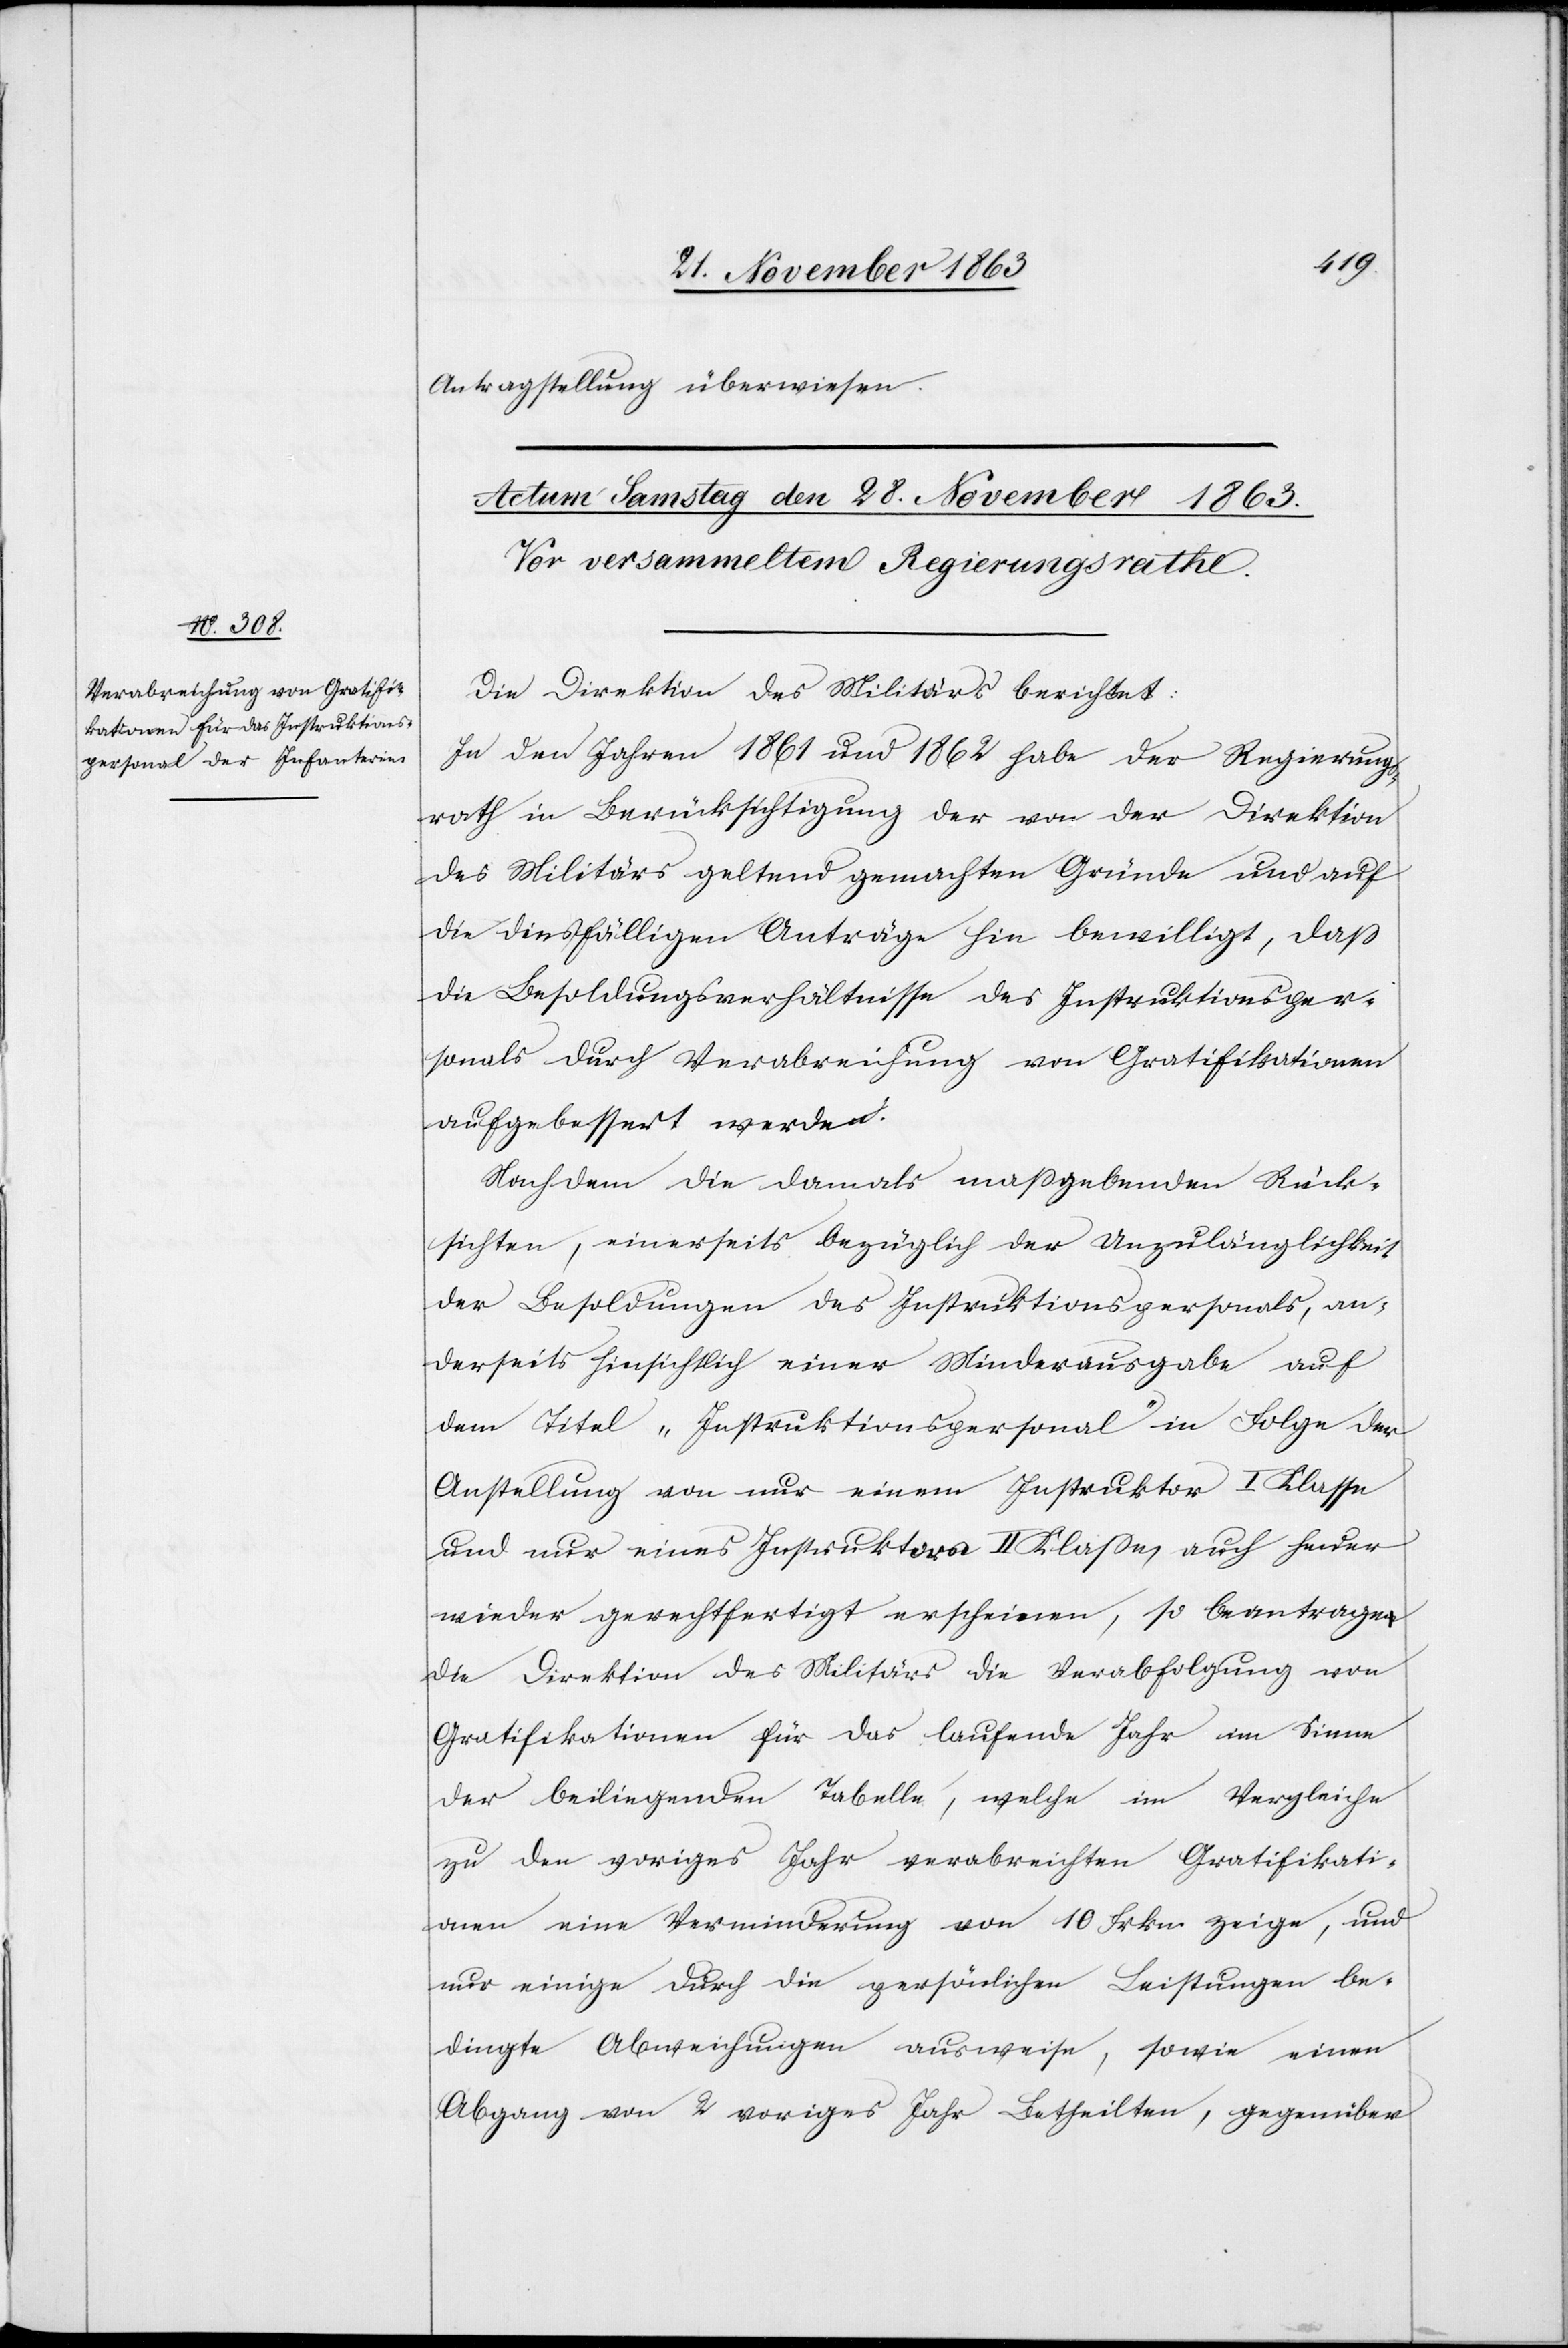
Antragstellung überweisen.
Die Direktion des Militärs berichtet:
In den Jahren 1861 und 1862 habe der Regierungs¬
rath in Berücksichtigung der von der Direktion
des Militärs geltend gemachten Gründe und auf
die diesfälligen Anträge hin bewilligt, dass
die Besoldungsverhältnisse des Instruktionsper¬
sonals durch Verabreichung von Gratifikationen
aufgebessert werden.
Nachdem die damals massgebenden Rück¬
sichten, einerseits bezüglich der Unzulänglichkeit
der Besoldungen des Instruktionspersonals, an¬
derseits hinsichtlich einer Minderausgabe auf
dem Titel „Instruktionspersonal“ in Folge der
Anstellung von nur einem Instruktor I Klasse
und nur eines Instruktors II Klasse, auch heuer
wieder gerechtfertigt erscheinen, so beantrage
die Direktion des Militärs die Verabfolgung von
Gratifikationen für das laufende Jahr im Sinne
der beiliegenden Tabelle, welche im Vergleiche
zu den voriges Jahr verabreichten Gratifikati¬
onen eine Verminderung von 10 Frkn. zeige, und
nur einige durch die persönlichen Leistungen be¬
dingte Abweichungen ausweise, sowie einen
Abgang von 2 voriges Jahr Betheilten, gegenüber